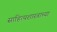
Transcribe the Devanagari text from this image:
साहित्यशास्त्राच्या